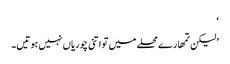
‘
’ لیکن تمھارے محلے میں تو اتنی چوریاں نہیں ہوتیں۔